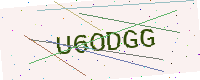
Text: U6ODGG